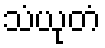
သံယုတံ